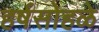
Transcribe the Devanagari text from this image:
हर्षसोहळे